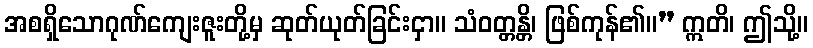
အစရှိသောဂုဏ်ကျေးဇူးတို့မှ ဆုတ်ယုတ်ခြင်းငှာ။ သံဝတ္တန္တိ၊ ဖြစ်ကုန်၏။” ဣတိ၊ ဤသို့။